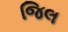
જિલ